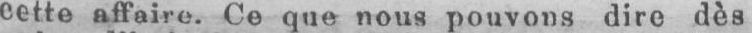
cette affaire. Ce que nous pouvons dire dès